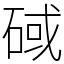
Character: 䂸